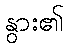
နွား၏